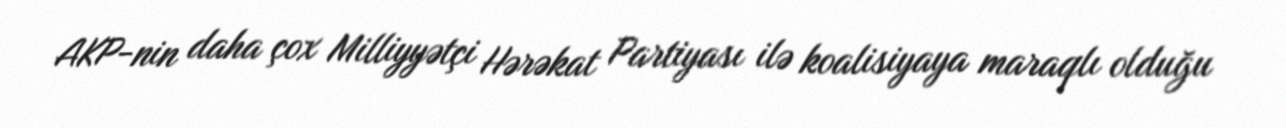
AKP-nin daha çox Milliyyətçi Hərəkat Partiyası ilə koalisiyaya maraqlı olduğu